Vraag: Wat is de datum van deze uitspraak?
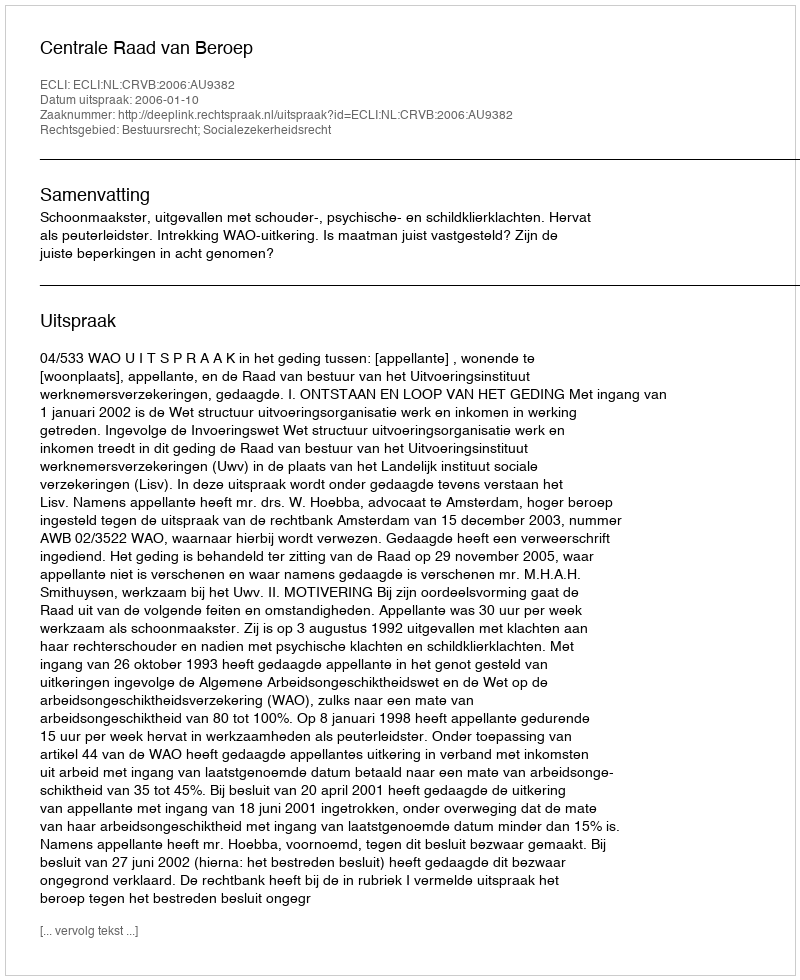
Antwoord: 2006-01-10